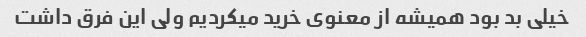
خیلی بد بود همیشه از معنوی خرید میکردیم ولی این فرق داشت